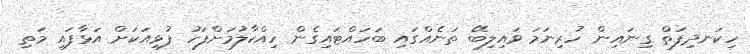
ހިކަނދިފަތް ގިނައިން ހުރިނަމަ ވައިލިބޭ ތަނެއްގައި ބަހައްޓައިގެން ހިއްކާލުމަށްފަހު ފުޅިއަކަށް އަޅާފައި މަތި